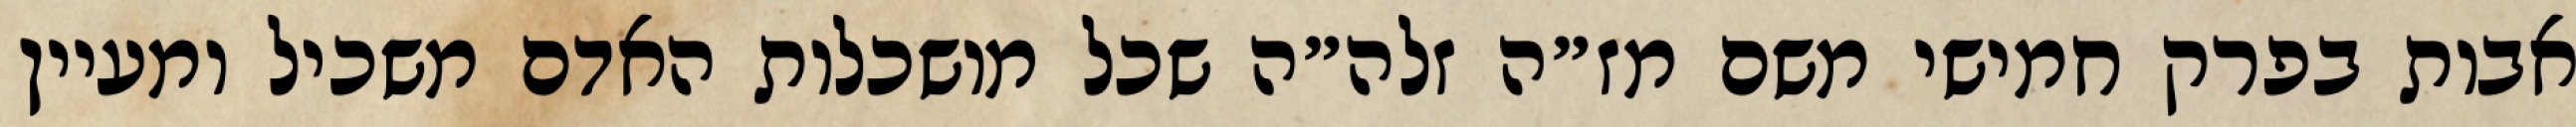
אבות בפרק חמישי משם מז״ה זלה״ה שכל מושכלות האדם משכיל ומעיין